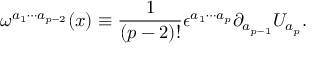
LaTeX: \omega ^ { a _ { 1 } \cdots a _ { p - 2 } } ( x ) \equiv \frac { 1 } { ( p - 2 ) ! } \epsilon ^ { a _ { 1 } \cdots a _ { p } } \partial _ { a _ { p - 1 } } U _ { a _ { p } } .